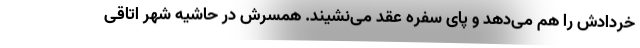
خردادش را هم می‌دهد و پای سفره عقد می‌نشیند. همسرش در حاشیه شهر اتاقی